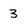
Character: 3